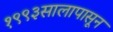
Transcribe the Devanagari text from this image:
१९९३सालापासून